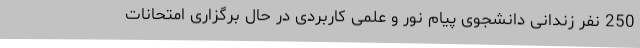
250 نفر زندانی دانشجوی پیام نور و علمی کاربردی در حال برگزاری امتحانات